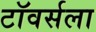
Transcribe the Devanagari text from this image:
टॉवर्सला